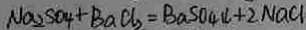
N a _ { 2 } S O _ { 4 } + B a C l _ { 2 } = B a S O _ { 4 } \downarrow + 2 N a C l